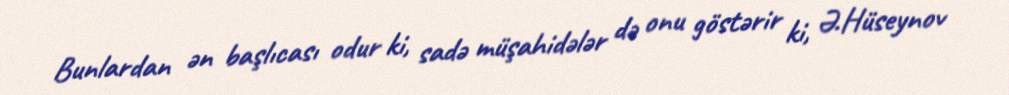
Bunlardan ən başlıcası odur ki, sadə müşahidələr də onu göstərir ki, Ə.Hüseynov